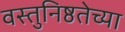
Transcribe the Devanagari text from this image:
वस्तुनिष्ठतेच्या